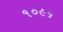
૧૦૯૬